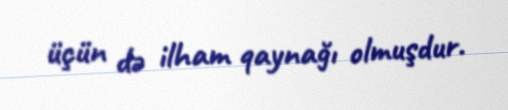
üçün də ilham qaynağı olmuşdur.